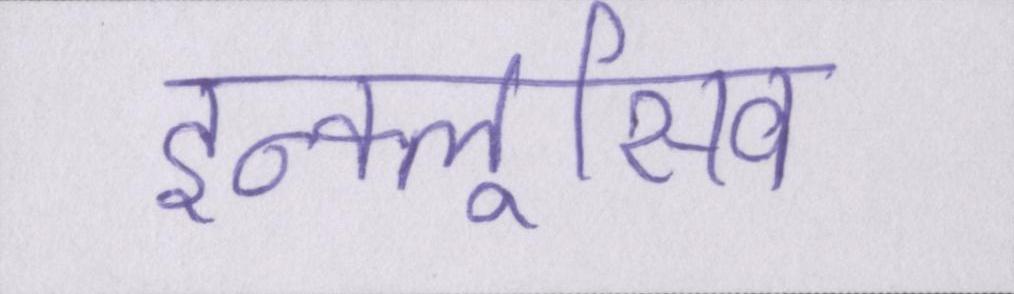
इन्क्लूसिव